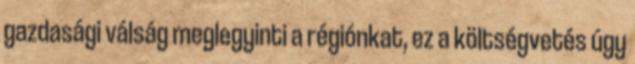
gazdasági válság meglegyinti a régiónkat, ez a költségvetés úgy